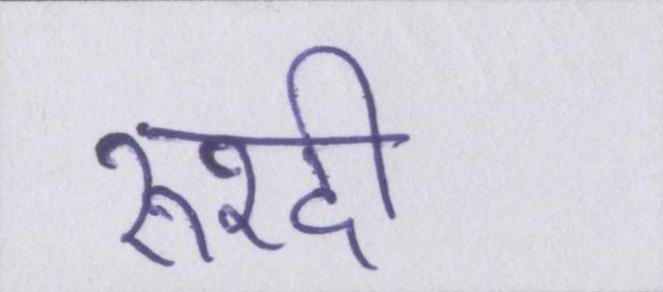
रुश्दी